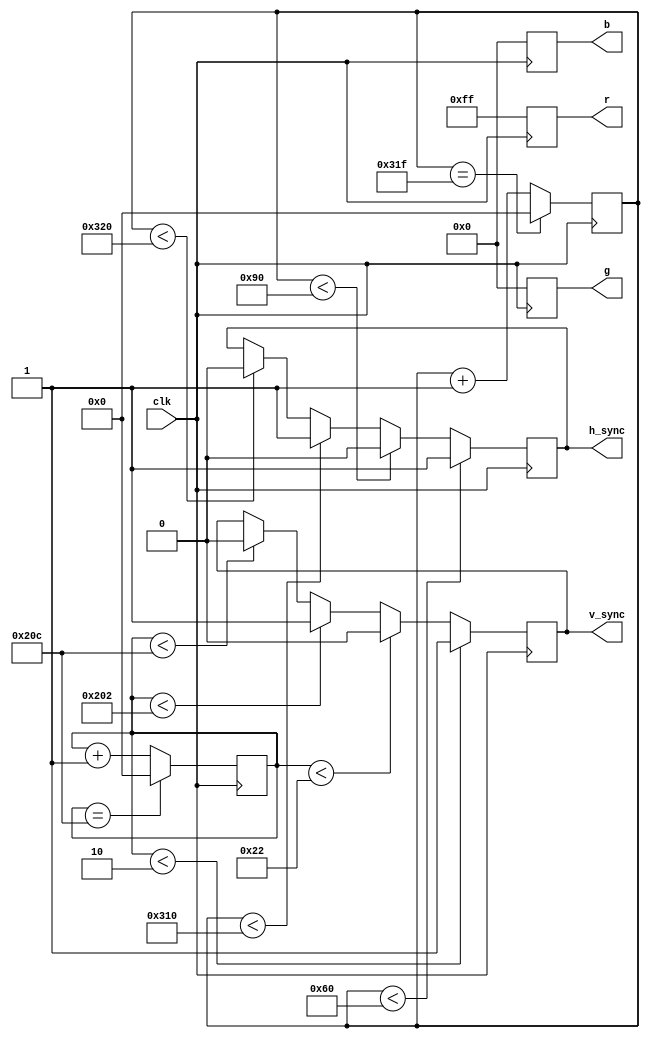
module VGA_Controller (
    input wire clk,              // Clock signal
    output reg h_sync,           // Horizontal sync signal
    output reg v_sync,           // Vertical sync signal
    output reg [7:0] r,          // Red color signal
    output reg [7:0] g,          // Green color signal
    output reg [7:0] b           // Blue color signal
);

// Define VGA timing parameters
parameter H_SYNC_PULSE = 96;    // Horizontal sync pulse width
parameter H_SYNC_BACK = 48;     // Horizontal sync back porch width
parameter H_SYNC_ACT = 640;     // Horizontal sync active width
parameter H_SYNC_FRONT = 16;    // Horizontal sync front porch width
parameter V_SYNC_PULSE = 2;     // Vertical sync pulse width
parameter V_SYNC_BACK = 32;     // Vertical sync back porch width
parameter V_SYNC_ACT = 480;     // Vertical sync active width
parameter V_SYNC_FRONT = 10;    // Vertical sync front porch width

reg [9:0] h_count, v_count;     // Horizontal and vertical counter

// Horizontal timing logic
always @(posedge clk) begin
    if (h_count < H_SYNC_PULSE) begin
        h_sync <= 1;
    end else if (h_count < H_SYNC_PULSE + H_SYNC_BACK) begin
        h_sync <= 0;
    end else if (h_count < H_SYNC_PULSE + H_SYNC_BACK + H_SYNC_ACT) begin
        h_sync <= 1;
    end else if (h_count < H_SYNC_PULSE + H_SYNC_BACK + H_SYNC_ACT + H_SYNC_FRONT) begin
        h_sync <= 0;
    end
    
    // Increment horizontal counter
    if (h_count == 799) begin
        h_count <= 0;
    end else begin
        h_count <= h_count + 1;
    end
end

// Vertical timing logic
always @(posedge clk) begin
    if (v_count < V_SYNC_PULSE) begin
        v_sync <= 1;
    end else if (v_count < V_SYNC_PULSE + V_SYNC_BACK) begin
        v_sync <= 0;
    end else if (v_count < V_SYNC_PULSE + V_SYNC_BACK + V_SYNC_ACT) begin
        v_sync <= 1;
    end else if (v_count < V_SYNC_PULSE + V_SYNC_BACK + V_SYNC_ACT + V_SYNC_FRONT) begin
        v_sync <= 0;
    end
    
    // Increment vertical counter
    if (v_count == 524) begin
        v_count <= 0;
    end else begin
        v_count <= v_count + 1;
    end
end

// Pixel data generation logic
always @(posedge clk) begin
    // Generate RGB values based on desired output resolution
    // This can be customized based on color depth and display buffer management
    r <= 8'b11111111;  // Example value for red signal
    g <= 8'b00000000;  // Example value for green signal
    b <= 8'b00000000;  // Example value for blue signal
end

endmodule